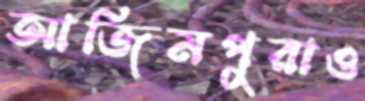
আজিমপুরাও